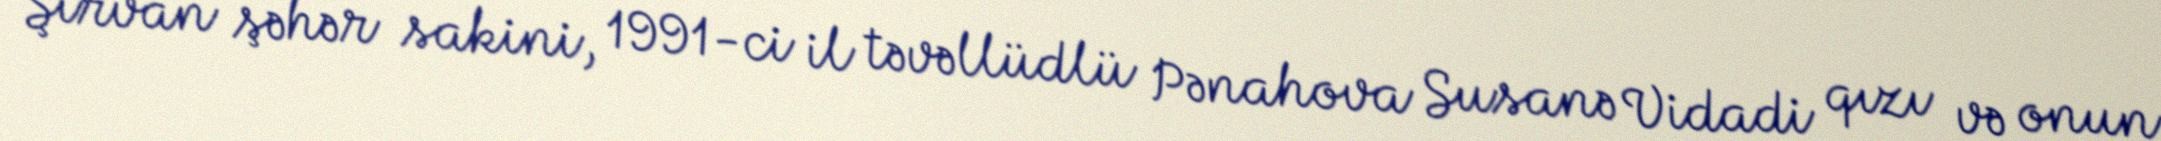
Şirvan şəhər sakini, 1991-ci il təvəllüdlü Pənahova Susanə Vidadi qızı və onun